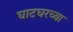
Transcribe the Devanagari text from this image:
घाटघरच्या